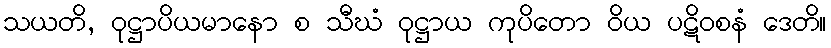
သယတိ, ဝုဋ္ဌာပိယမာနော စ သီဃံ ဝုဋ္ဌာယ ကုပိတော ဝိယ ပဋိဝစနံ ဒေတိ။